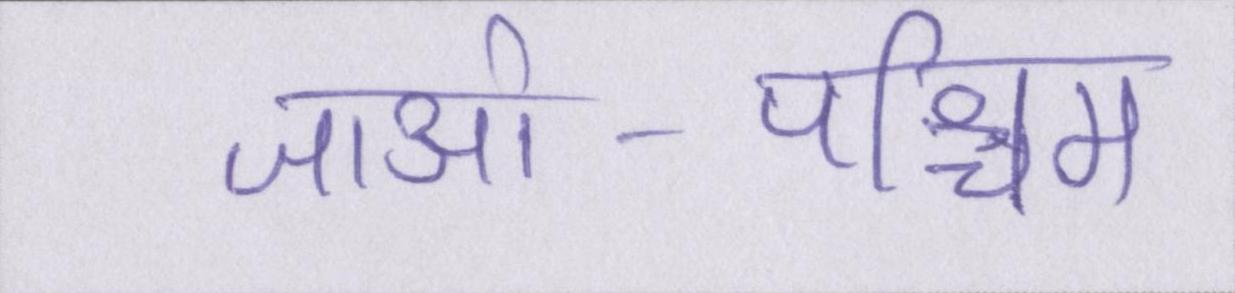
जाओ-पश्चिम